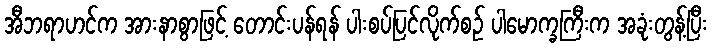
အီဘရာဟင်က အားနာစွာဖြင့် တောင်းပန်ရန် ပါးစပ်ပြင်လိုက်စဉ် ပါမောက္ခကြီးက အခုံးတွန့်ပြီး